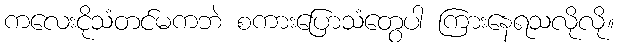
ကလေးငိုသံတင်မကဘဲ စကားပြောသံတွေပါ ကြားနေရသလိုလို။